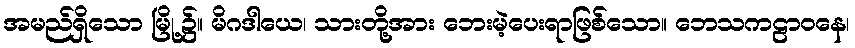
အမည်ရှိသော မြို့၌။ မိဂဒါယေ၊ သားတို့အား ဘေးမဲ့ပေးရာဖြစ်သော။ ဘေသကဠာဝနေ၊